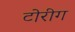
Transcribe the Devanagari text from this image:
टोरीग